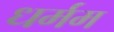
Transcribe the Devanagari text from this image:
धर्मम